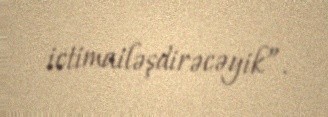
ictimailəşdirəcəyik”.